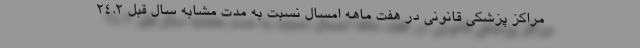
مراکز پزشکی قانونی در هفت ماهه امسال نسبت به مدت مشابه سال قبل ۲۴.۲